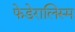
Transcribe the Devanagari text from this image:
फेडेरालिस्म